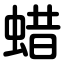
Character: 蜡